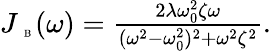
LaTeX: \begin{array}{r}{J_{\mathrm{~\tiny~B~}}(\omega)=\frac{2\lambda\omega_{0}^{2}\zeta\omega}{(\omega^{2}-\omega_{0}^{2})^{2}+\omega^{2}\zeta^{2}}.}\end{array}